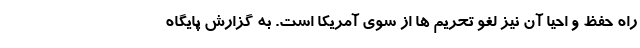
راه حفظ و احیا آن نیز لغو تحریم ها از سوی آمریکا است. به گزارش پایگاه